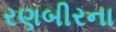
રણબીરના